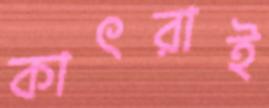
কাৎরাই